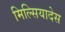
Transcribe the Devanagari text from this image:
मिल्सियादेस